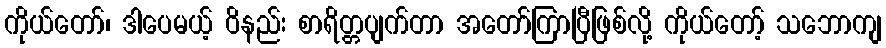
ကိုယ်တော်၊ ဒါပေမယ့် ဝိနည်း စာရိတ္တပျက်တာ အတော်ကြာပြီဖြစ်လို့ ကိုယ်တော့် သဘောကျ